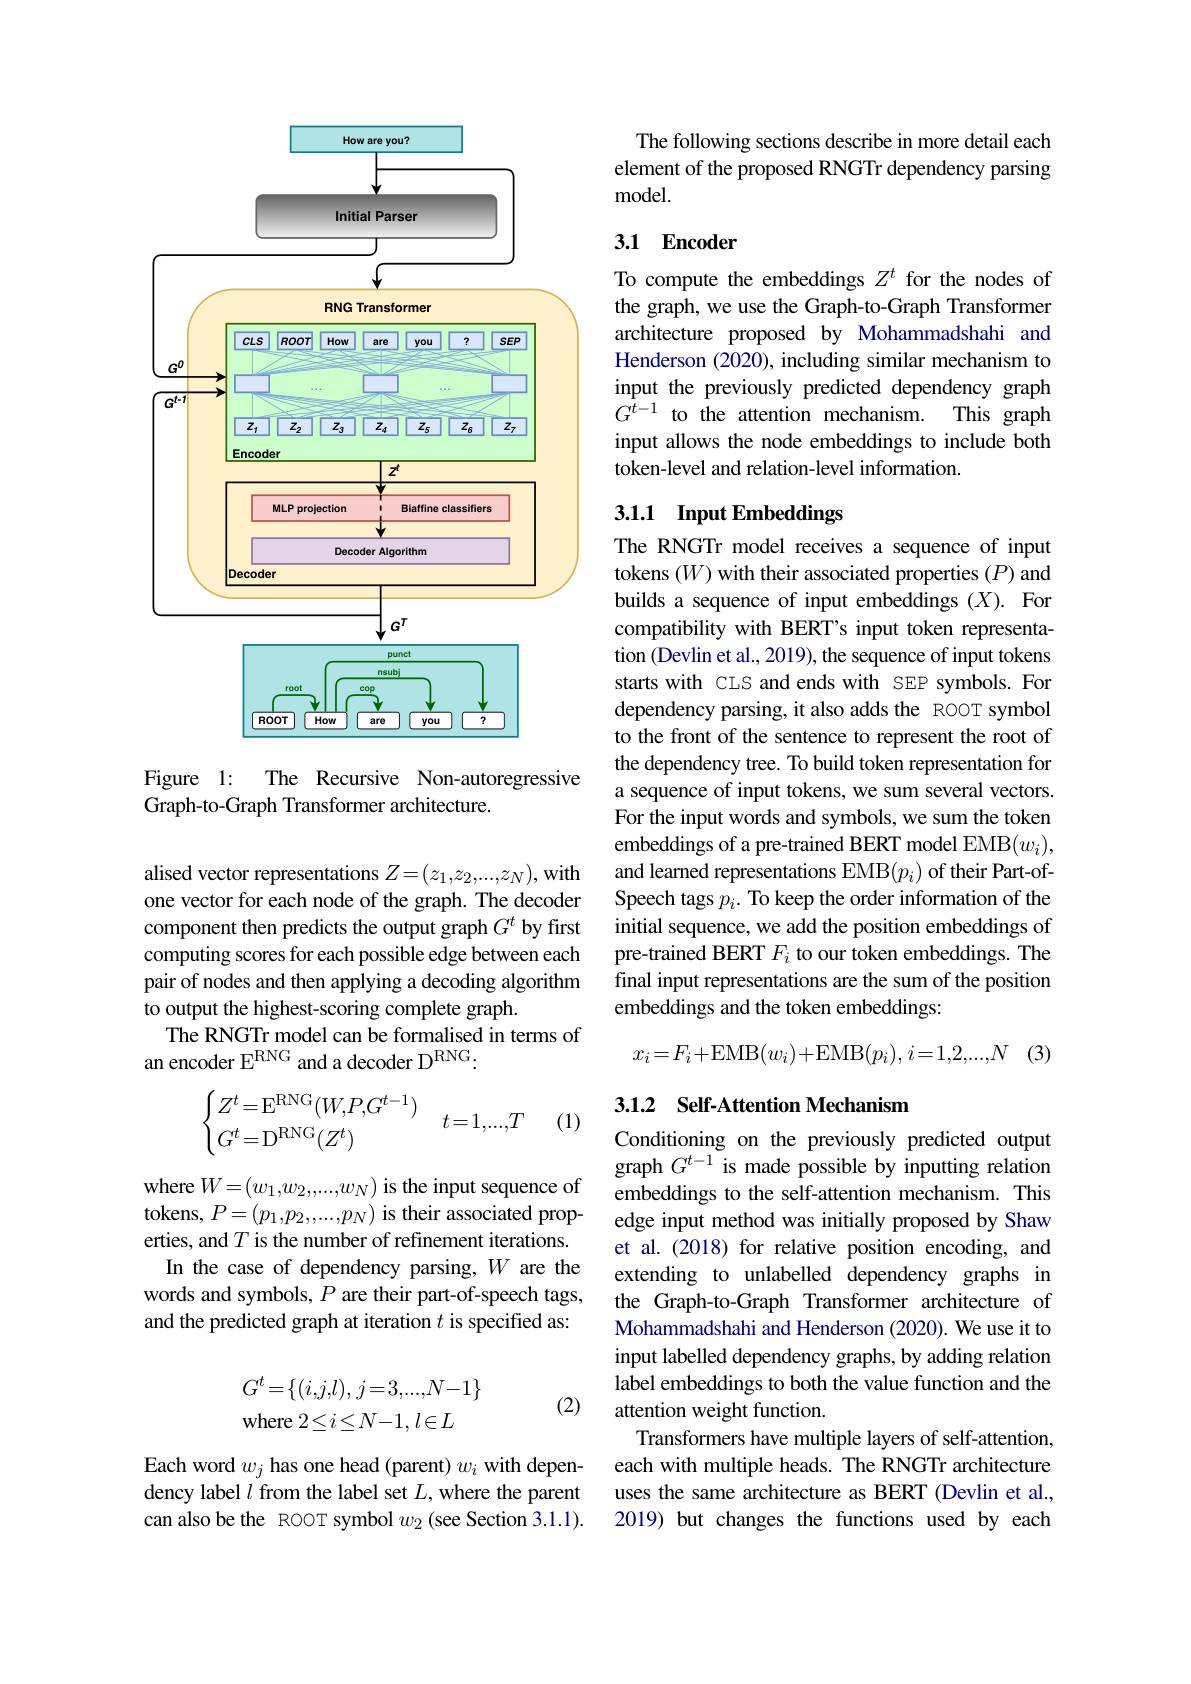
<FigureHere>

Figure 1: The Recursive Non-autoregressive
Graph-to-Graph Transformer architecture.

alised vector representations $Z=(z_1,z_2,...,z_N)$, with one vector for each node of the graph. The decoder component then predicts the output graph $G^t$ by first computing scores for each possible edge between each pair of nodes and then applying a decoding algorithm to output the highest-scoring complete graph.
The RNGTr model can be formalised in terms of
an encoder E$^\mathrm{RNG}$ and a decoder D$^\mathrm{RNG}:$
$$\begin{cases}Z^t=\mathrm{E}^{\mathrm{RNG}}(W,P,G^{t-1})\\G^t=\mathrm{D}^{\mathrm{RNG}}(Z^t)\end{cases}\quad t=1,...,T$$
(1)

where $W=(w_1,w_2,....,w_N)$ is the input sequence of tokens, $P=(p_1,p_2,...,p_N)$ is their associated properties, and $T$ is the number of refinement iterations.
In the case of dependency parsing, $W$ are the words and symbols, $P$ are their part-of-speech tags, and the predicted graph at iteration $t$ is specified as:
$$\begin{array}{l}G^t=\{(i,j,l),j=3,...,N-1\}\\\text{where}2\leq i\leq N-1,l\in L\end{array}$$
(2)

Each word $w_j$ has one head (parent) $w_i$ with dependency label $l$ from the label set $L$,where the parent can also be the ROOT symbol $w_2$ (see Section 3.1.1).

The following sections describe in more detail each element of the proposed RNGTr dependency parsing ${\mathrm{model}}.$

## 3.1 Encoder

To compute the embeddings $Z^t$ for the nodes of the graph, we use the Graph-to-Graph Transformer architecture proposed by Mohammadshahi and Henderson (2020), including similar mechanism to input the previously predicted dependency graph $G^{t-1}$ to the attention mechanism. This graph input allows the node embeddings to include both token-level and relation-level information.

## 3.1.1 Input Embeddings

The RNGTr model receives a sequence of input tokens (W) with their associated properties (P) and builds a sequence of input embeddings (X). For compatibility with BERT's input token representation (Devlin et al., 2019), the sequence of input tokens starts with CLS and ends with SEP symbols. For dependency parsing, it also adds the ROOT symbol to the front of the sentence to represent the root of the dependency tree. To build token representation for a sequence of input tokens, we sum several vectors. For the input words and symbols, we sum the token embeddings of a pre-trained BERT model EMB$(w_i)$, and learned representations EMB$(p_i)$ of their Part-ofSpeech tags $p_i.$ To keep the order information of the initial sequence, we add the position embeddings of pre-trained BERT $F_i$ to our token embeddings. The final input representations are the sum of the position embeddings and the token embeddings:
$$x_i=F_i+\mathrm{EMB}(w_i)+\mathrm{EMB}(p_i),\:i=1,2,...,N$$
(3)

## 3.1.2 Self-Attention Mechanism

Conditioning on the previously predicted output graph $G^{t-1}$ is made possible by inputting relation embeddings to the self-attention mechanism. This edge input method was initially proposed by Shaw et al.(2018) for relative position encoding, and extending to unlabelled dependency graphs in the Graph-to-Graph Transformer architecture of Mohammadshahi and Henderson (2020). We use it to input labelled dependency graphs, by adding relation label embeddings to both the value function and the attention weight function.
Transformers have multiple layers of self-attention, each with multiple heads. The RNGTr architecture uses the same architecture as BERT (Devlin et al., 2019) but changes the functions used by each